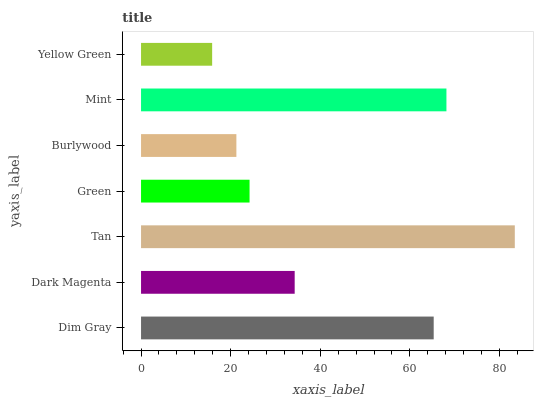
| yaxis_label | bars |
 | --- | --- |
 | Dim Gray | 65.3 |
 | Dark Magenta | 34.3 |
 | Tan | 83.4 |
 | Green | 24.2 |
 | Burlywood | 21.3 |
 | Mint | 68.2 |
 | Yellow Green | 15.9 |